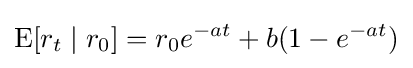
\operatorname {E} [r_{t}\mid r_{0}]=r_{0}e^{-at}+b(1-e^{-at})